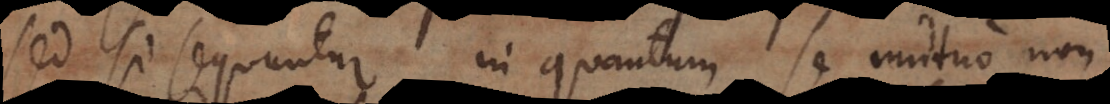
Sed si sequuntur in quantum se mutuo non